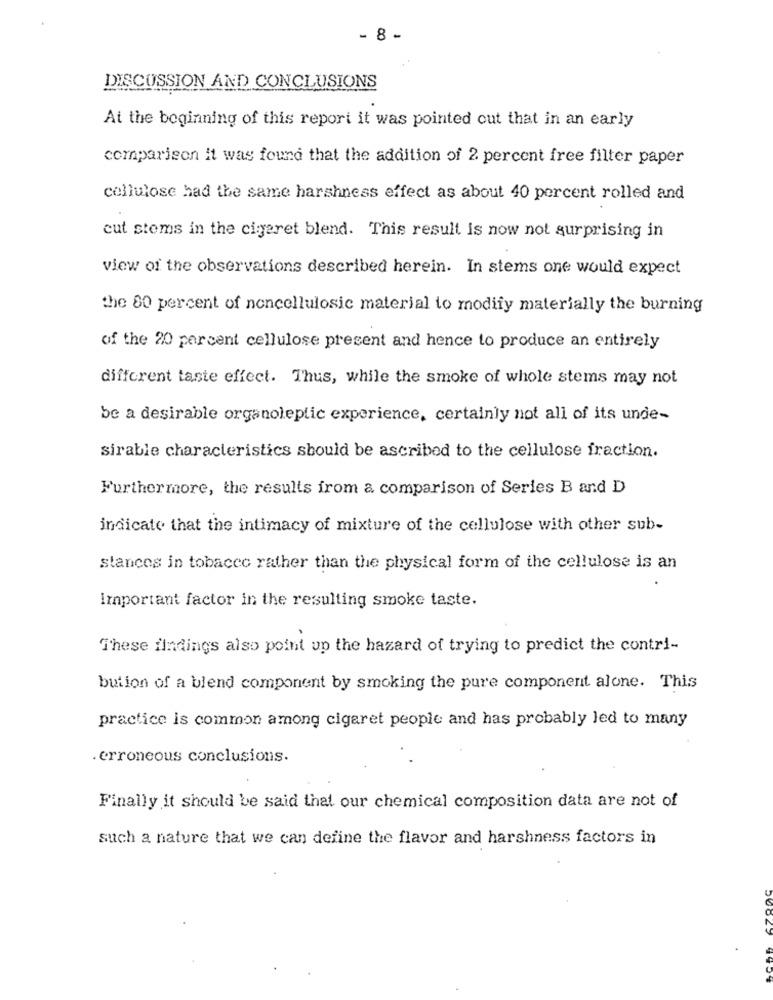
- 8 -
DISCUSSION AND CONCLUSIONS
At the beginning of this report it was pointed out that in an early
comparison it was found that the addition of 2 percent free filter paper
cellulose had the same harshness effect as about 40 percent rolled and
cut stems in the cigaret blend. This result is now not surprising in
view of the observations described herein. In stems one would expect
the 80 percent of noncellulosic material to modify materially the burning
of the 20 percent cellulose present and hence to produce an entirely
different taste effect. Thus, while the smoke of whole stems may not
be a desirable organoleptic experience, certainly not all of its unde-
sirable characteristics should be ascribed to the cellulose fraction.
Furthermore, the results from a comparison of Series B and D
indicate that the intimacy of mixture of the cellulose with other sub-
stances in tobacco rather than the physical form of the cellulose is an
Important factor in the resulting smoke taste.
These findings also point up the hazard of trying to predict the contri-
bution of a blend component by smoking the pure component alone. This
practice is common among cigaret people and has probably led to many
erroneous conclusions.
Finally it should be said that our chemical composition data are not of
such a nature that we can define the flavor and harshness factors in